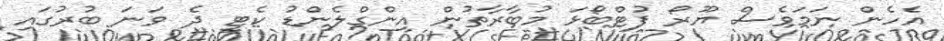
އެހެން ނަމަވެސް ޔޫރޯ ފުޓްބޯޅަ މުބާރާތުން އިންގްލެންޑު ކެޓީ ދެ ވަނަ ބުރުގައި